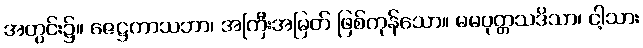
အတွင်း၌။ ဇေဋ္ဌကာသဘာ၊ အကြီးအမြတ် ဖြစ်ကုန်သော။ မမပုတ္တသဒိသာ၊ ငါ့သား